Annual returns of the Patna Lunatic Asylum at Bankipore in Bihar and Orissa - 1912-1924
Year: 1912
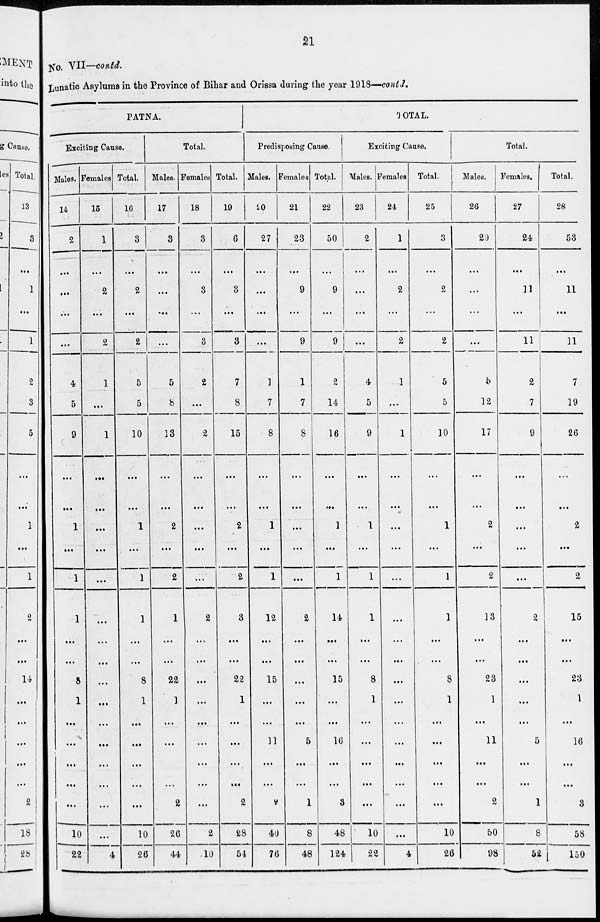
21
No. VII—contd.
Lunatic Asylums in the Province of Bihar and Orissa during the year 1918—contd.
PATNA.
Exciting Cause.
Males.
14
2
...
...
...
...
4
5
9
...
...
1
...
1
1
...
...
8
1
...
...
...
...
...
10
22
Females.
15
1
...
2
...
2
1
...
1
...
...
...
...
...
...
...
...
...
...
...
...
...
...
...
...
4
Total.
16
3
...
2
...
2
5
5
10
...
...
1
...
1
1
...
...
8
1
...
...
...
...
...
10
26
Total.
Males.
17
3
...
...
...
...
5
8
13
...
...
2
...
2
1
...
...
22
1
...
...
...
...
2
26
44
Females
18
3
...
3
...
3
2
...
2
...
...
...
...
...
2
...
...
...
...
...
...
...
...
...
2
10
Total.
19
6
...
3
...
3
7
8
15
...
...
2
...
2
3
...
...
22
1
...
...
...
...
2
28
54
TOTAL.
Predisposing Cause.
Males.
20
27
...
...
...
...
1
7
8
...
...
1
...
1
12
...
...
15
...
...
11
...
...
2
40
76
Females
21
23
...
9
...
9
1
7
8
...
...
...
...
...
2
...
...
...
...
...
5
...
...
1
8
48
Total.
22
50
...
9
...
9
2
14
16
...
...
1
...
1
14
...
...
15
...
...
16
...
...
3
48
124
Exciting Cause.
Males.
23
2
...
...
...
...
4
5
9
...
...
1
...
1
1
...
...
8
1
...
...
...
...
...
10
22
Females
24
1
...
2
...
2
1
...
1
...
...
...
...
...
...
...
...
...
...
...
...
...
...
...
...
4
Total.
25
3
...
2
...
2
5
5
10
...
...
1
...
1
1
...
...
8
1
...
...
...
...
...
10
26
Total.
Males.
26
29
...
...
...
...
5
12
17
...
...
2
...
2
13
...
...
23
1
...
11
...
...
2
50
98
Females.
27
24
...
11
...
11
2
7
9
...
...
...
...
...
2
...
...
...
...
...
5
...
...
1
8
52
Total.
28
53
...
11
...
11
7
19
26
...
...
2
...
2
15
...
...
23
1
...
16
...
...
3
58
150